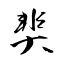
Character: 奜